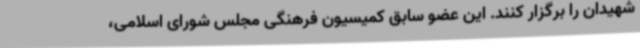
شهیدان را برگزار کنند. این عضو سابق کمیسیون فرهنگی مجلس شورای اسلامی،